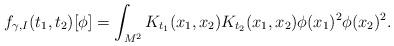
LaTeX: \begin{align*} f_{\gamma, I}(t_1, t_2)[\phi] = \int_{M^2} K_{t_1}(x_1, x_2) K_{t_2}(x_1, x_2) \phi(x_1)^2 \phi(x_2)^2 .\end{align*}